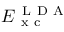
E _ { \mathrm { ~ x ~ c ~ } } ^ { \mathrm { ~ L ~ D ~ A ~ } }